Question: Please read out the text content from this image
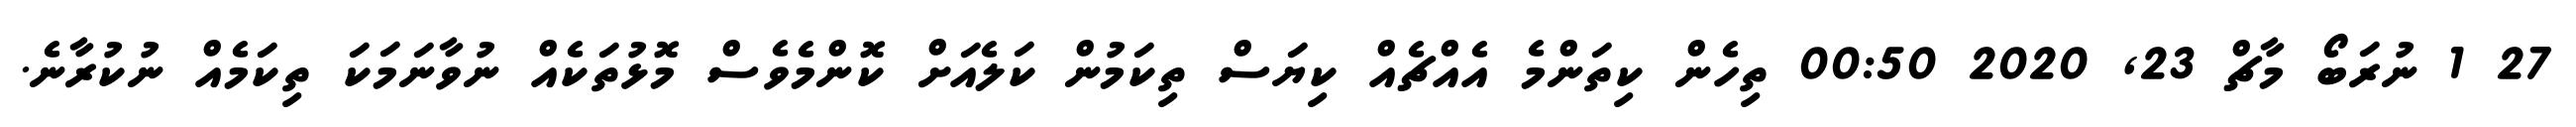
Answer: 27 1 ނުރަބޯ މާޗް 23, 2020 00:50 ތިހެން ކިތަންމެ އެއްޗެއް ކިޔަސް ތިކަމުން ކަލެއަށް ކޮންމެވެސް މޮޅުތަކެއް ނުވާނަމަކަ ތިކަމެއް ނުކުރާނެ.